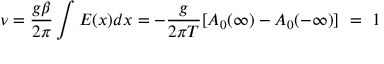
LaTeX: \nu = \frac { g \beta } { 2 \pi } \int E ( x ) d x = - \frac { g } { 2 \pi T } [ A _ { 0 } ( \infty ) - A _ { 0 } ( - \infty ) ] \ = ~ 1